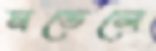
মডেলে